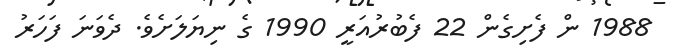
1988 ން ފެށިގެން 22 ފެބުރުއަރީ 1990 ގެ ނިޔަލަށެވެ. ދެވަނަ ފަހަރު